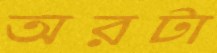
অরটা